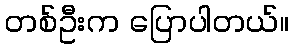
တစ်ဦးက ပြောပါတယ်။